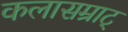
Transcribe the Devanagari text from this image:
कलासम्राट्